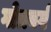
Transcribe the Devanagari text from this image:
गोत्रवर्ग